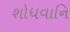
શોધવાનિ